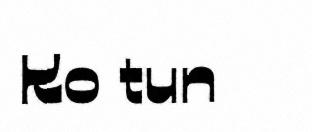
Ko tun